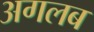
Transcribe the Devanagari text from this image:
अगलब